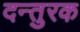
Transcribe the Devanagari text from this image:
दन्तुरक